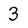
Character: 3